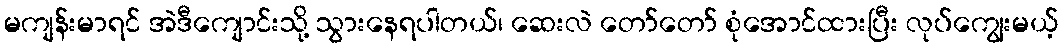
မကျန်းမာရင် အဲဒီကျောင်းသို့ သွားနေရပါတယ်၊ ဆေးလဲ တော်တော် စုံအောင်ထားပြီး လုပ်ကျွေးမယ့်